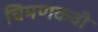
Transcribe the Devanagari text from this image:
चिमणकवी